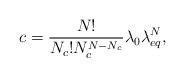
LaTeX: \begin{align*} c=\frac{N!}{N_c!N_c^{N-N_c}}\lambda_{0}\lambda_{eq}^N, \end{align*}